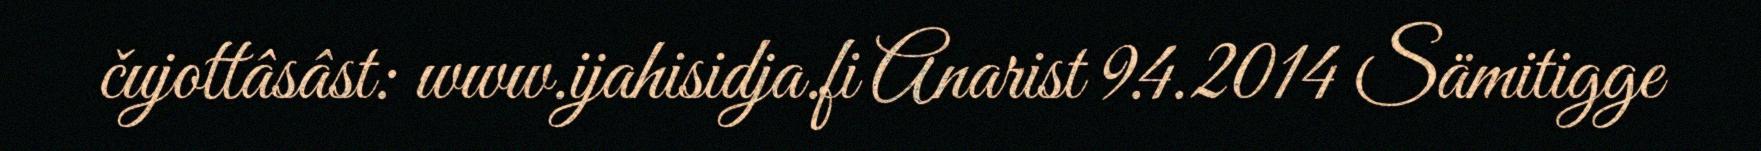
čujottâsâst: www.ijahisidja.fi Anarist 9.4.2014 Sämitigge